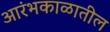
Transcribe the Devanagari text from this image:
आरंभकाळातील